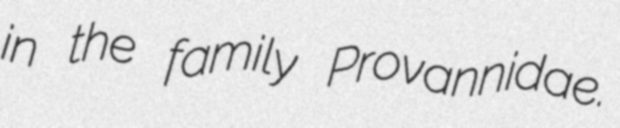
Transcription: in the family Provannidae.